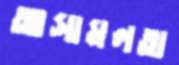
আসামলতা